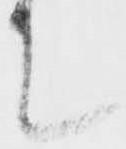
て